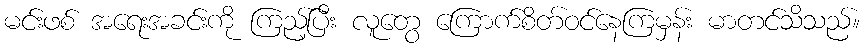
မင်းဖစ် အရေးအခင်းကို ကြည့်ပြီး လူတွေ ကြောက်စိတ်ဝင်နေကြမှန်း မာတင်သိသည်။